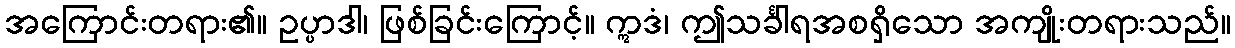
အကြောင်းတရား၏။ ဥပ္ပာဒါ၊ ဖြစ်ခြင်းကြောင့်။ ဣဒံ၊ ဤသင်္ခါရအစရှိသော အကျိုးတရားသည်။